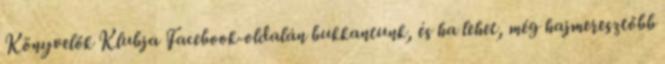
Könyvelők Klubja Facebook-oldalán bukkantunk, és ha lehet, még hajmeresztőbb